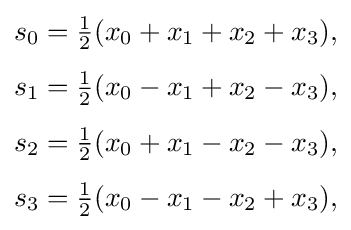
{\begin{aligned}s_{0}&={\tfrac {1}{2}}(x_{0}+x_{1}+x_{2}+x_{3}),\\[4pt]s_{1}&={\tfrac {1}{2}}(x_{0}-x_{1}+x_{2}-x_{3}),\\[4pt]s_{2}&={\tfrac {1}{2}}(x_{0}+x_{1}-x_{2}-x_{3}),\\[4pt]s_{3}&={\tfrac {1}{2}}(x_{0}-x_{1}-x_{2}+x_{3}),\end{aligned}}